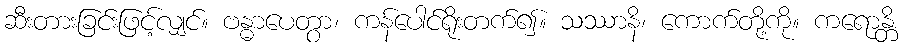
ဆီးတားခြင်းဖြင့်လျှင်။ ဗန္ဓာပေတွာ၊ ကန်ပေါင်ရိုးတက်၍။ သဿာနိ၊ ကောက်တို့ကို။ ကရောန္တိ